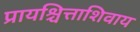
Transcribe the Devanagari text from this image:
प्रायश्चित्ताशिवाय